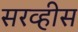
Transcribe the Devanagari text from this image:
सरव्हीस